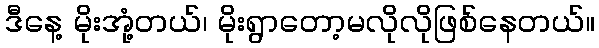
ဒီနေ့ မိုးအုံ့တယ်၊ မိုးရွာတော့မလိုလိုဖြစ်နေတယ်။